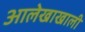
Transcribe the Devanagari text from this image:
आलेखाखाली